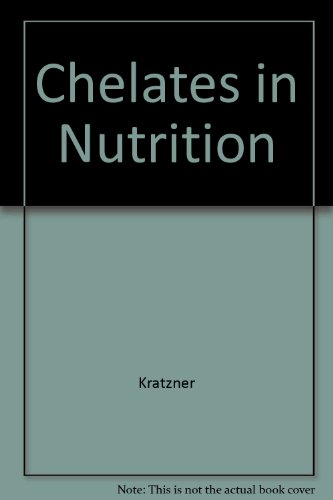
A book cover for Chelates In Nutrition; F. Howard Kratzer; Health, Fitness & Dieting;